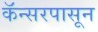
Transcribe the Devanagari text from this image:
कॅन्सरपासून